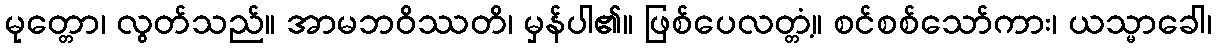
မုတ္တော၊ လွတ်သည်။ အာမဘဝိဿတိ၊ မှန်ပါ၏။ ဖြစ်ပေလတ္တံ့။ စင်စစ်သော်ကား၊ ယသ္မာခေါ၊